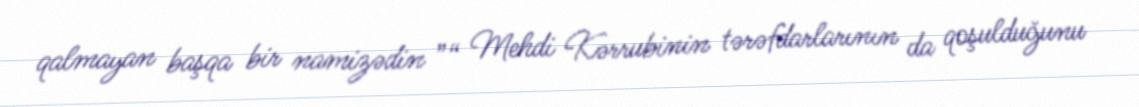
qalmayan başqa bir namizədin ”“ Mehdi Kərrubinin tərəfdarlarının da qoşulduğunu